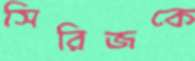
সিরিজকে